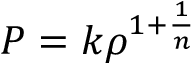
P = k \rho ^ { 1 + \frac { 1 } { n } }